Lunatic asylums Madras 1877-1891 - 1877-1891
Year: 1877
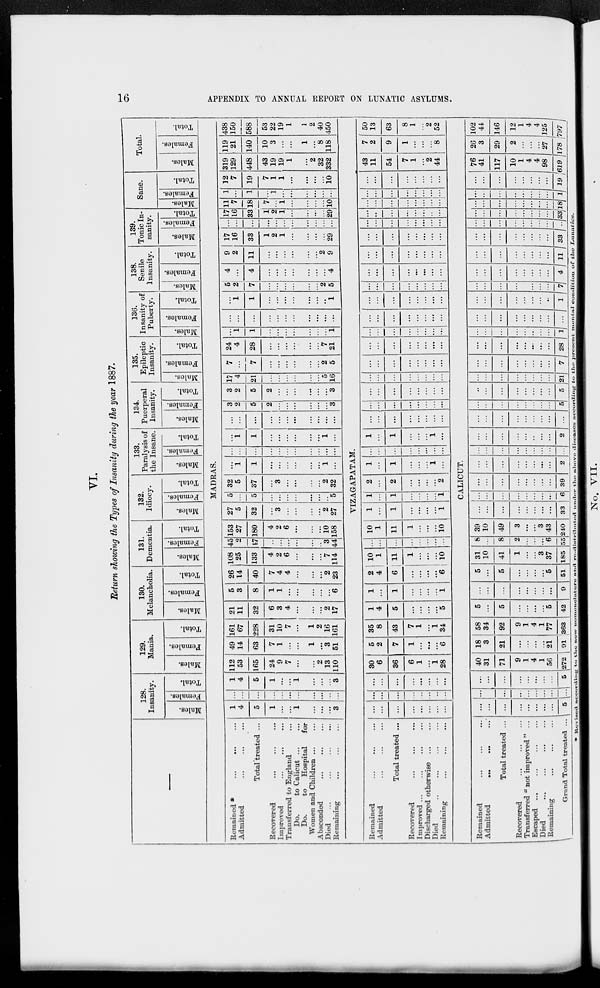
16
APPENDIX TO ANNUAL REPORT ON LUNATIC ASYLUMS.
VI.
Return showing the Types of Insanity during the year 1887.
—
128.
Insanity.
Males.
Females.
Total.
129.
Mania.
Males.
Females.
Total.
130.
Melancholia.
Males.
Females.
Total.
131.
Dementia.
Males.
Females.
Total.
132.
Idiocy.
Males.
Females.
Total.
133.
Paralysis of
the Insane.
Males.
Females.
Total.
134.
Puerperal
Insanity.
Males.
Females.
Total.
135.
Epileptic
Insanity.
Males.
Females.
Total.
136.
Insanity of
Puberty.
Males.
Females.
Total.
138.
Senile
Insanity.
Males.
Females.
Total.
139.
Tonic In-
sanity.
Males.
Females.
Total.
Sane.
Males.
Females.
Total.
Total.
Males.
Females.
Total.
MADRAS.
Remained*
...
...
...
Admitted
...
...
...
Total treated ...
Recovered
...
...
...
Improved
...
...
...
Transferred to England ...
Do.
to Calicut ... ...
Do.
to Hospital
for
Women and Children ... ...
Absconded
...
...
...
Died
...
...
...
...
Remaining
...
...
...
1
4
5
1
...
...
1
...
...
...
3
...
...
...
...
...
...
...
...
...
...
...
1
4
5
1
...
...
1
...
...
...
3
112
53
165
24
9
7
...
...
2
13
110
49
14
63
7
1
...
...
1
...
3
51
161
67
228
31
10
7
...
1
2
16
161
21
11
32
6
3
4
...
...
...
2
17
5
3
8
1
1
...
...
...
...
...
6
26
14
40
7
4
4
...
...
...
2
23
108
25
133
4
2
6
...
...
...
7
114
45
2
47
...
...
...
...
...
...
3
44
153
27
180
4
2
6
...
...
...
10
158
27
5
32
...
3
...
...
...
...
2
27
5
...
5
...
...
...
...
...
...
...
5
32
5
37
...
3
...
...
...
...
2
32
...
1
1
...
...
...
...
...
...
1
...
...
...
...
...
...
...
...
...
...
...
...
...
1
1
...
...
...
...
...
...
1
...
...
...
...
...
...
...
...
...
...
...
...
3
2
5
2
...
...
...
...
...
...
3
3
2
5
2
...
...
...
...
...
...
3
17
4
21
...
...
...
...
...
...
5
16
7
...
7
...
...
...
...
...
...
2
5
24
4
28
...
...
...
...
...
...
7
21
...
1
1
...
...
...
...
...
...
...
1
...
...
...
...
...
...
...
...
...
...
...
...
1
1
...
...
...
...
...
...
...
1
5
2
7
...
...
...
...
...
...
2
5
4
...
4
...
...
...
...
...
...
...
4
9
2
11
...
...
...
...
...
...
2
9
17
16
33
1
2
1
...
...
...
...
29
...
...
...
...
...
...
...
...
...
...
...
17
16
33
1
2
1
...
...
...
...
29
11
7
18
7
...
1
...
...
...
...
10
1
...
1
...
1
...
...
...
...
...
...
12
7
19
7
1
1
...
...
...
...
10
319
129
448
43
19
19
1
...
2
32
332
119
21
140
10
3
...
...
1
...
8
118
438
150
588
53
22
19
1
1
2
40
450
VIZAGAPATAM.
Remained
...
...
...
Admitted
...
...
...
Total treated ...
Recovered
...
...
...
Improved
...
...
...
...
Discharged otherwise
...
...
Died ... ... ... ...
Remaining
...
...
...
...
...
...
...
...
...
...
...
...
...
...
...
...
...
...
...
...
...
...
...
...
...
...
...
30
6
36
6
1
...
1
28
5
2
7
1
...
...
...
6
35
8
43
7
1
...
1
34
1
4
5
...
...
...
...
5
1
...
1
...
...
...
...
1
2
4
6
...
...
...
...
6
10
1
11
1
...
...
...
10
...
...
...
...
...
...
...
...
10
1
11
1
...
...
10
1
...
1
...
...
...
...
1
1
...
1
...
...
...
...
1
2
...
2
...
...
...
...
2
1
...
1
...
...
...
1
...
...
...
...
...
...
...
...
...
1
...
1
...
...
...
1
...
...
...
...
...
...
...
...
...
...
...
...
...
...
...
...
...
...
...
...
...
...
...
...
...
...
...
...
...
...
...
...
...
...
...
...
...
...
...
...
...
...
...
...
...
...
...
...
...
...
...
...
...
...
...
...
...
...
...
...
...
...
...
...
...
...
...
...
...
...
...
...
...
...
...
...
...
...
...
...
...
...
...
...
...
...
...
...
...
...
...
...
...
...
...
...
...
...
...
...
...
...
...
...
...
...
...
...
...
...
...
...
...
...
...
...
...
...
...
...
...
...
...
...
...
...
...
...
...
...
...
...
...
...
...
...
...
...
...
...
...
...
...
...
...
43
11
54
7
1
...
2
44
7
2
9
1
...
...
...
8
50
13
63
8
1
...
2
52
CALICUT.
Remained
...
...
...
Admitted
...
...
...
Total treated ...
Recovered ... ... ...
Transferred " not improved " ...
Escaped
...
...
...
...
Died
...
...
...
...
Remaining ... ... ...
Grand Total treated ...
...
...
...
...
...
...
...
...
5
...
...
...
...
...
...
...
...
...
...
...
...
...
...
...
...
...
5
40
31
71
9
1
4
1
56
272
18
3
21
...
...
...
...
21
91
58
34
92
9
1
4
1
77
363
5
...
5
...
...
...
...
5
42
...
...
...
...
...
...
...
...
9
5
...
5
...
...
...
...
5
51
31
10
41
1
...
...
3
37
185
8
...
8
2
...
...
...
6
55
39
10
49
3
...
...
3
43
240
...
...
...
...
...
...
...
...
33
...
...
...
...
...
...
...
...
6
...
...
...
...
...
...
...
...
39
...
...
...
...
...
...
...
2
...
...
...
...
...
...
...
...
...
...
...
...
...
...
...
...
...
2
...
...
...
...
...
...
...
...
...
...
...
...
...
...
...
...
...
5
...
...
...
...
...
...
...
...
5
...
...
...
...
...
...
...
...
21
...
...
...
...
...
...
...
...
7
...
...
...
...
...
...
...
...
28
...
...
...
...
...
...
...
...
1
...
...
...
...
...
...
...
...
...
...
...
...
...
...
...
...
...
1
...
...
...
...
...
...
...
...
7
...
...
...
...
...
...
...
...
4
...
...
...
...
...
...
...
...
11
...
...
...
...
...
...
...
...
33
...
...
...
...
...
...
...
...
...
...
...
...
...
...
...
...
...
33
...
...
...
...
...
...
...
...
18
...
...
...
...
...
...
...
...
1
...
...
...
...
...
...
...
...
19
76
41
117
10
1
4
4
98
619
26
3
29
2
...
...
...
27
178
102
44
146
12
1
4
4
125
797
* Revised according to the now nomenclature and re-distributed under the above diseases according to the present mental condition
of the Lunatics.